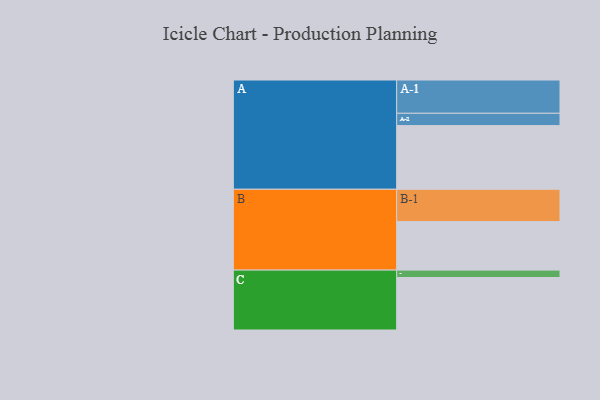
{"axis": {"x": "Segment", "y": "Value"}, "legend": ["", "A", "B", "C"], "data": [{"x": "A", "y": 517, "type": ""}, {"x": "B", "y": 394, "type": ""}, {"x": "C", "y": 426, "type": ""}, {"x": "A-1", "y": 270, "type": "A"}, {"x": "A-2", "y": 100, "type": "A"}, {"x": "B-1", "y": 262, "type": "B"}, {"x": "C-1", "y": 60, "type": "C"}]}